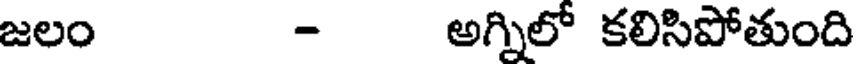
జలం - అగ్నిలో కలిసిపోతుంది